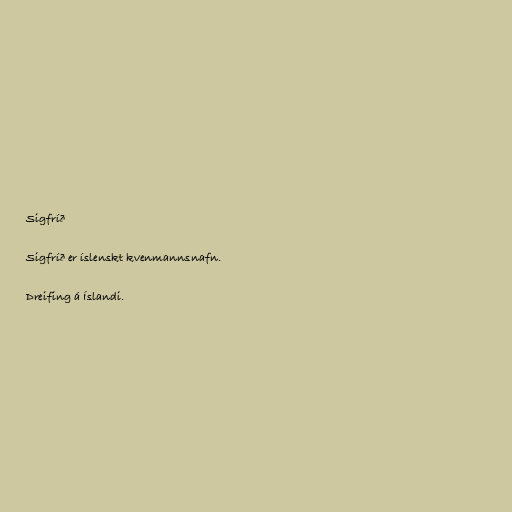
Sigfríð

Sigfríð er íslenskt kvenmannsnafn.

Dreifing á Íslandi.